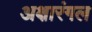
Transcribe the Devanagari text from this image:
अक्षारंगल